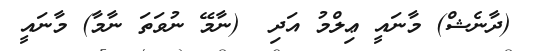
(ދާނެޝް) މާނައީ ޢިލްމު އަދި  (ނާމޭ ނުވަތަ ނާމާ) މާނައީ